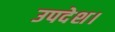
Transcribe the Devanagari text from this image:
उपदेश।